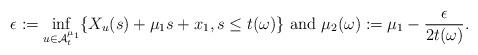
LaTeX: \begin{align*}\epsilon:=\inf_{u \in \mathcal{A}^{\mu_1}_t} \lbrace X_u(s)+\mu_1 s +x_1, s\leq t(\omega)\rbrace \mbox{ and } \mu_2(\omega):=\mu_1-\frac{\epsilon}{2t(\omega)}.\end{align*}